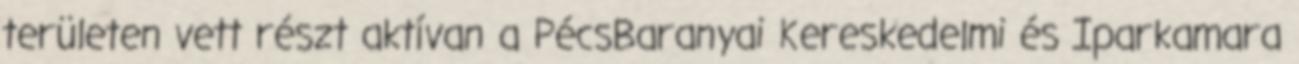
területen vett részt aktívan a PécsBaranyai Kereskedelmi és Iparkamara